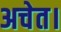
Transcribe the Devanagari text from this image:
अचेत।